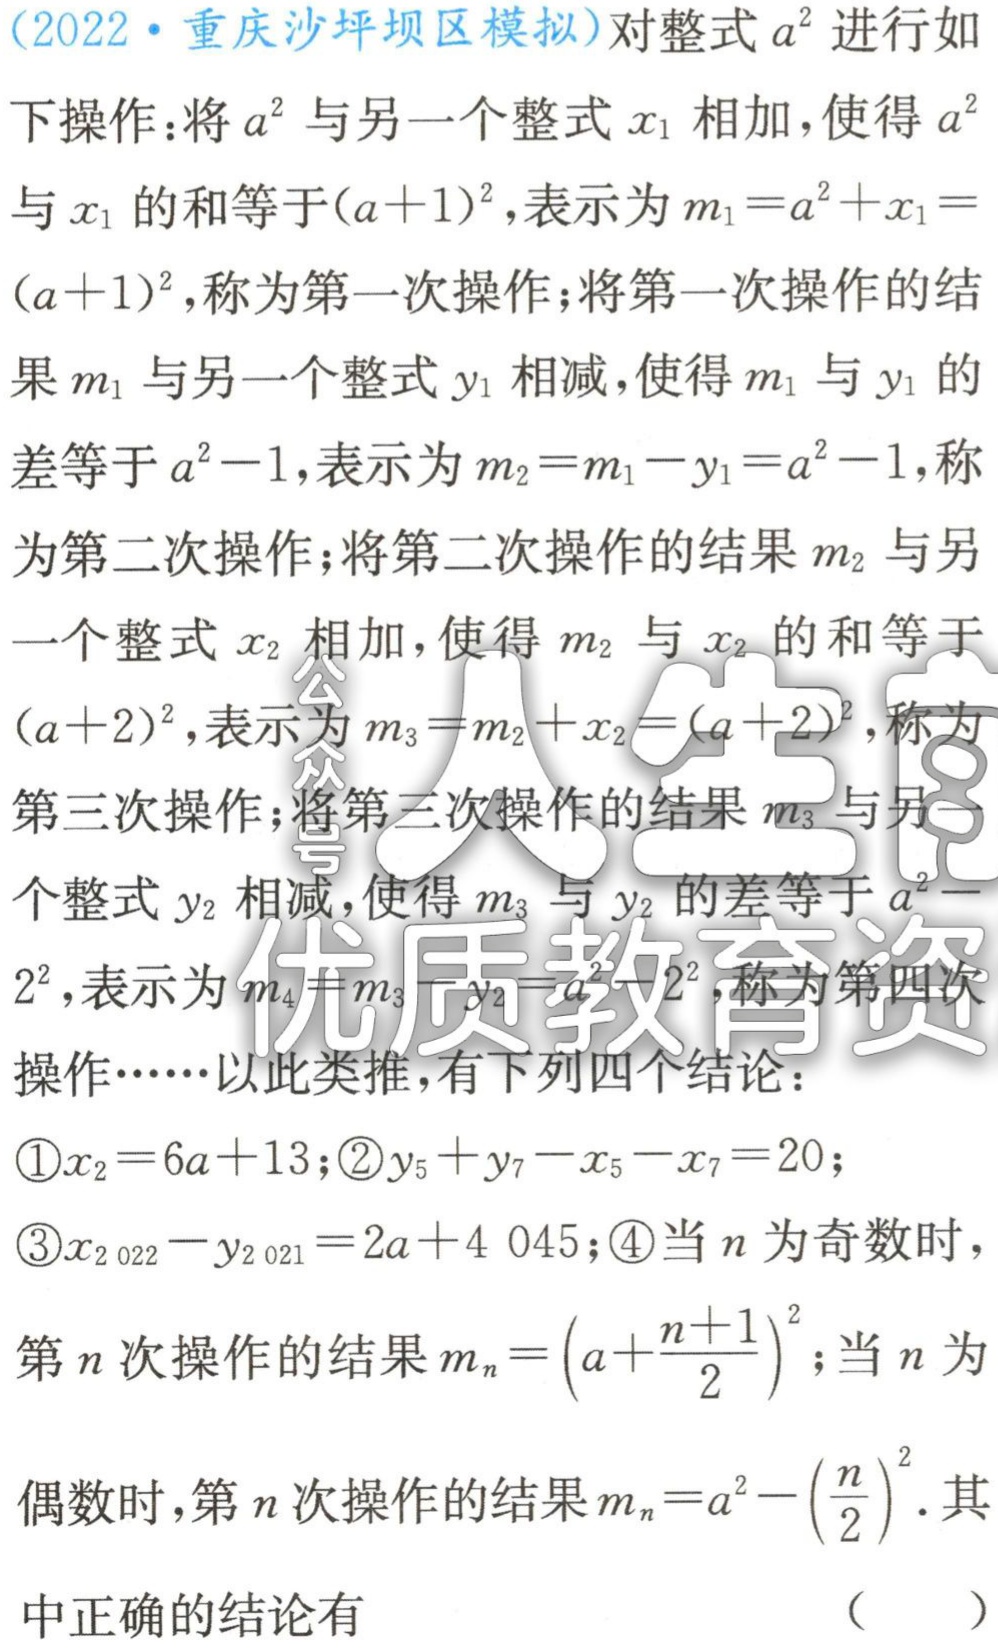
(2022·重庆沙坪坝区模拟)对整式\(a^{2}\)进行如下操作：将\(a^{2}\)与另一个整式\(x_{1}\)相加，使得\(a^{2}\)与\(x_{1}\)的和等于\((a + 1)^{2}\)，表示为\(m_{1}=a^{2}+x_{1}=(a + 1)^{2}\)，称为第一次操作；将第一次操作的结果\(m_{1}\)与另一个整式\(y_{1}\)相减，使得\(m_{1}\)与\(y_{1}\)的差等于\(a^{2}-1\)，表示为\(m_{2}=m_{1}-y_{1}=a^{2}-1\)，称为第二次操作；将第二次操作的结果\(m_{2}\)与另一个整式\(x_{2}\)相加，使得\(m_{2}\)与\(x_{2}\)的和等于\((a + 2)^{2}\)，表示为\(m_{3}=m_{2}+x_{2}=(a + 2)^{2}\)，称为第三次操作；将第三次操作的结果\(m_{3}\)与另一个整式\(y_{2}\)相减，使得\(m_{3}\)与\(y_{2}\)的差等于\(a^{2}-2^{2}\)，表示为\(m_{4}=m_{3}-y_{2}=a^{2}-2^{2}\)，称为第四次操作……以此类推，有下列四个结论：
\textcircled{1}\(x_{2}=6a + 13\)；\textcircled{2}\(y_{5}+y_{7}-x_{5}-x_{7}=20\)；
\textcircled{3}\(x_{2 022}-y_{2 021}=2a + 4 045\)；\textcircled{4}当\(n\)为奇数时，第\(n\)次操作的结果\(m_{n}=(a+\frac{n + 1}{2})^{2}\)；当\(n\)为偶数时，第\(n\)次操作的结果\(m_{n}=a^{2}-(\frac{n}{2})^{2}\).其中正确的结论有 （  ）